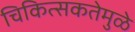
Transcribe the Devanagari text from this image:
चिकित्सकतेमुळे